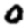
Digit: 0